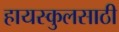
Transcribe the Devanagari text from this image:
हायस्‍कुलसाठी